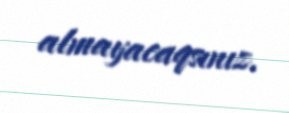
almayacaqsınız.